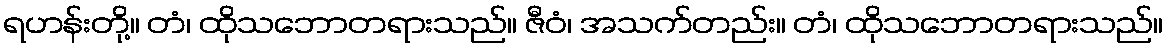
ရဟန်းတို့။ တံ၊ ထိုသဘောတရားသည်။ ဇီဝံ၊ အသက်တည်း။ တံ၊ ထိုသဘောတရားသည်။